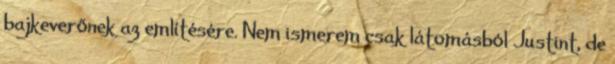
bajkeverőnek az említésére. Nem ismerem csak látomásból Justint, de